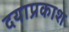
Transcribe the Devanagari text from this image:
दयाप्रकाश